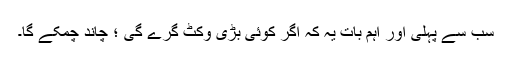
سب سے پہلی اور اہم بات یہ کہ اگر کوئی بڑی وکٹ گرے گی ؛ چاند چمکے گا۔